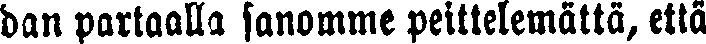
dan partaalla sanomme peittelemättä, että